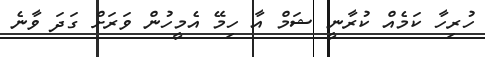
ހުރިހާ ކަމެއް ކުރާނީ ޝަމް އާ ހިމޭ އެމީހުން ވަރަށް ގަދަ ވާނެ